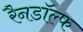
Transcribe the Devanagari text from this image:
रैनडॉल्फ